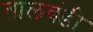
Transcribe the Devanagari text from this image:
तालवंडी